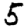
Digit: 5